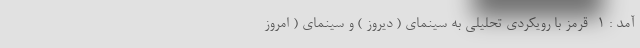
آمد : ۱- قرمز با رویکردی تحلیلی به سینمای ( دیروز ) و سینمای ( امروز